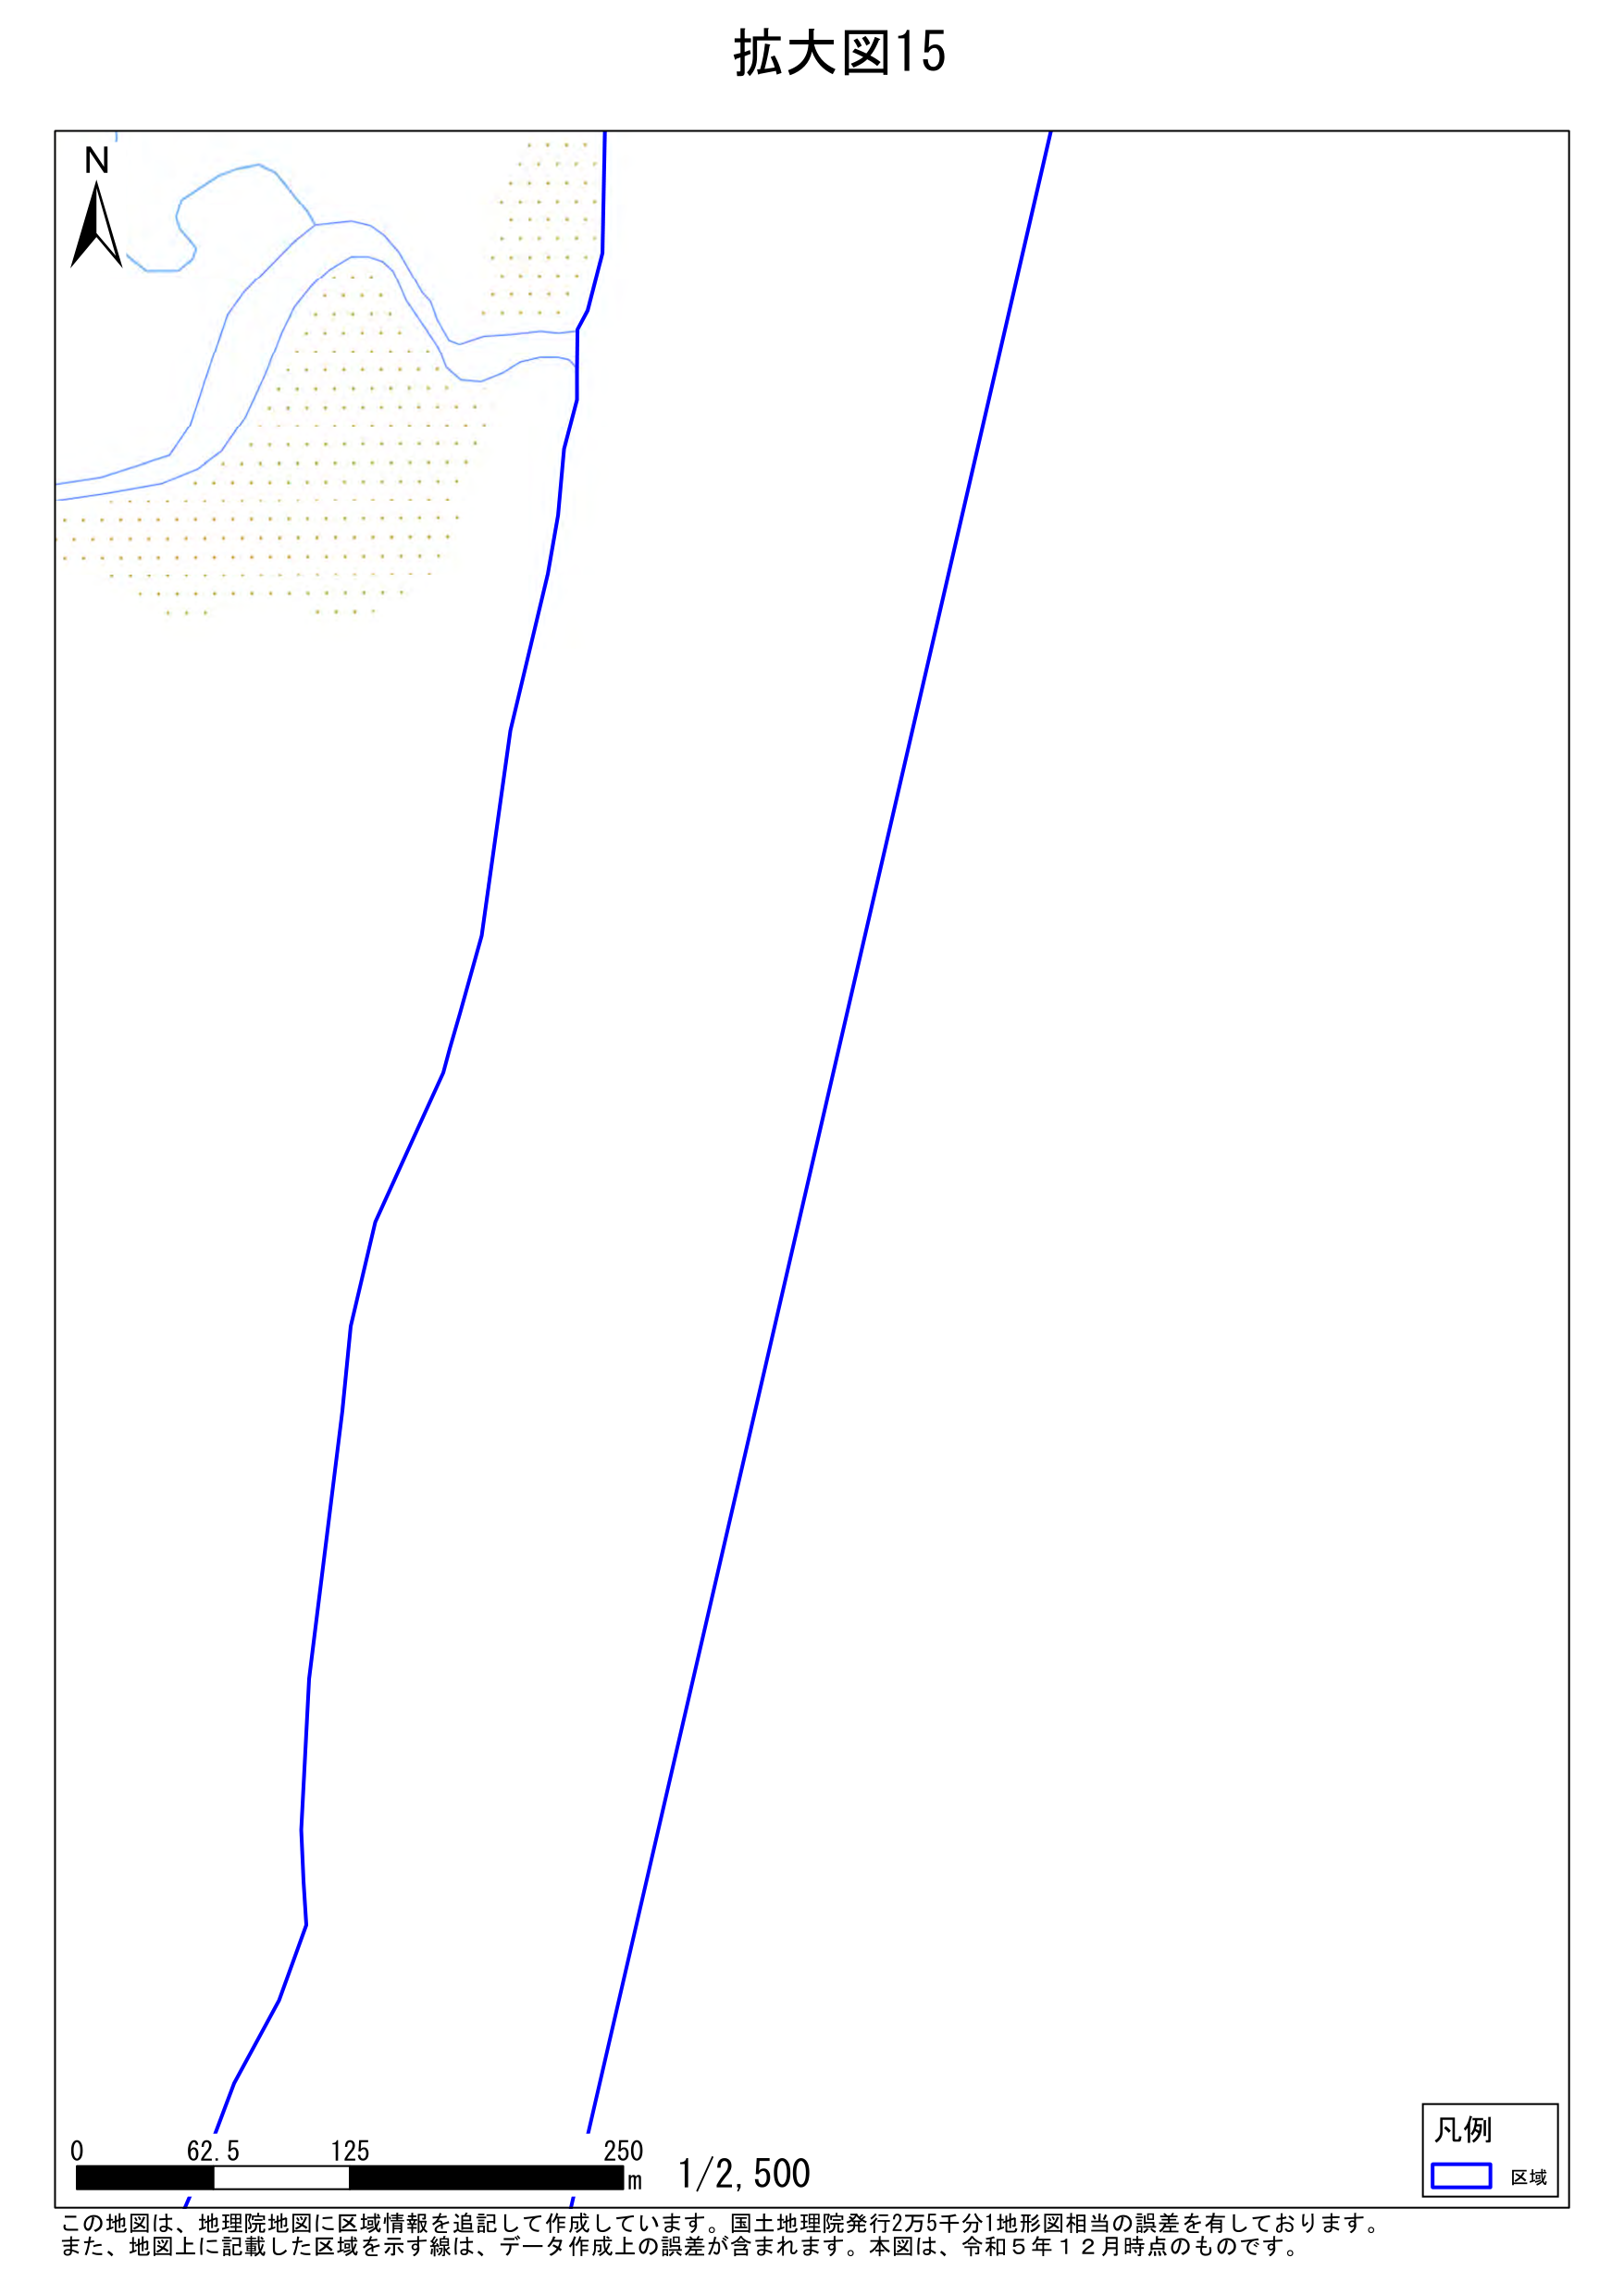
拡大図15

N

0 62.5 125 250 m 1/2,500

凡例
□ 区域

この地図は、地理院地図に区域情報を追記して作成しています。国土地理院発行2万5千分1地形図相当の誤差を有しております。
また、地図上に記載した区域を示す線は、データ作成上の誤差が含まれます。本図は、令和5年12月時点のものです。